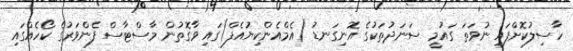
ހާސިލުކޮށްފައި ނުވަތަ ގައުމީ ސަނަދުތަކުގެ އޮނިގަނޑު (އެމްއެންކިޔުއެފް)ގައި ވާގޮތުން މާސްޓާސް ފެންވަރުގެ ކޯހެއްގައި